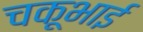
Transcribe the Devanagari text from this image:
चकूभाई